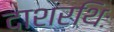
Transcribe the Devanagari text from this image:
दाशरथिः